Report on vaccination in the Province of Bengal - 1869-1873
Year: 1869
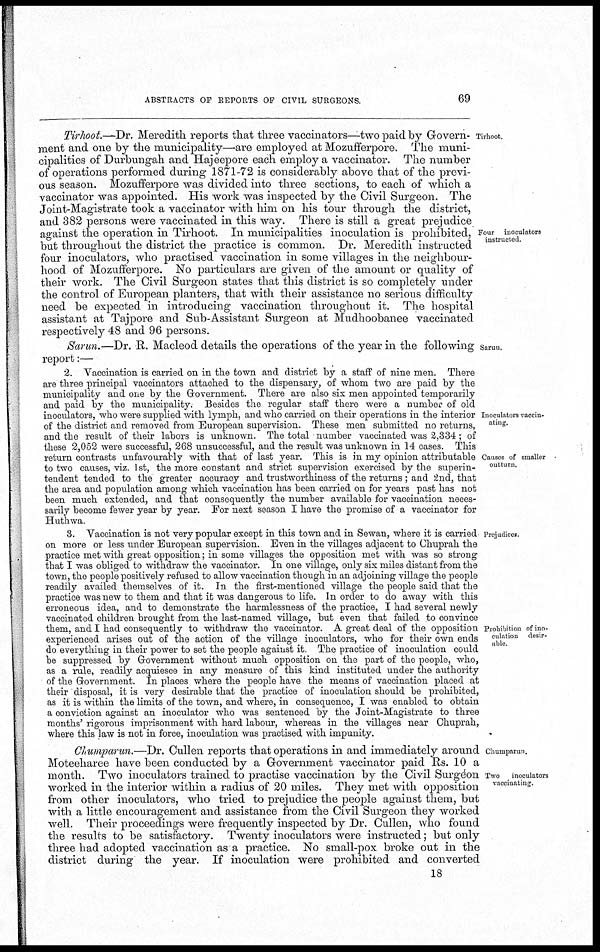
ABSTRACTS OF REPORTS OF CIVIL SURGEONS.
69
Tirhoot.
Four inoculators
instructed.
Tirhoot.—Dr. Meredith reports that three vaccinators—two paid by Govern-
ment and one by the municipality—are employed at Mozufferpore. The muni-
cipalities of Durbungah and Hajeepore each employ a vaccinator. The number
of operations performed during 1871-72 is considerably above that of the previ-
ous season. Mozufferpore was divided into three sections, to each of which a
vaccinator was appointed. His work was inspected by the Civil Surgeon. The
Joint-Magistrate took a vaccinator with him on his tour through the district,
and 382 persons were vaccinated in this way. There is still a great prejudice
against the operation in Tirhoot. In municipalities inoculation is prohibited,
but throughout the district the practice is common. Dr. Meredith instructed
four inoculators, who practised vaccination in some villages in the neighbour-
hood of Mozufferpore. No particulars are given of the amount or quality of
their work. The Civil Surgeon states that this district is so completely under
the control of European planters, that with their assistance no serious difficulty
need be expected in introducing vaccination throughout it. The hospital
assistant at Tajpore and Sub-Assistant Surgeon at Mudhoobanee vaccinated
respectively 48 and 96 persons.
Sarun.
Sarun.—Dr. R,. Macleod details the operations of the year in the following
report:—
Inoculators vaccin-
ating.
Causes of smaller
outturn.
2. Vaccination is carried on in the town and district by a staff of nine men. There
are three principal vaccinators attached to the dispensary, of whom two are paid by the
municipality and one by the Government. There are also six men appointed temporarily
and paid by the municipality. Besides the regular staff there were a number of old
inoculators, who were supplied with lymph, and who carried on their operations in the interior
of the district and removed from European supervision. These men submitted no returns,
and the result of their labors is unknown. The total number vaccinated was 2,334 ; of
these 2,052 were successful, 268 unsuccessful, and the result was unknown in 14 cases. This
return contrasts unfavourably with that of last year. This is in my opinion attributable
to two causes, viz. 1st, the more constant and strict supervision exercised by the superin-
tendent tended to the greater accuracy and trustworthiness of the returns ; and 2nd, that
the area and population among which vaccination has been carried on for years past has not
been much extended, and that consequently the number available for vaccination neces-
sarily become fewer year by year. For next season I have the promise of a vaccinator for
Huthwa.
Prejudices.
Prohibition of ino-
culation desir-
able
3. Vaccination is not very popular except in this town and in Sewan, where it is carried
on more or less under European supervision. Even in the villages adjacent to Chuprah the
practice met with great opposition; in some villages the opposition met with was so strong
that I was obliged to withdraw the vaccinator. In one village, only six miles distant from the
town, the people positively refused to allow vaccination though in an adjoining village the people
readily availed themselves of it. In the first-mentioned village the people said that the
practice was new to them and that it was dangerous to life. In order to do away with this
erroneous idea, and to demonstrate the harmlessness of the practice, I had several newly
vaccinated children brought from the last-named village, but even that failed to convince
them, and I had consequently to withdraw the vaccinator. A great deal of the opposition
experienced arises out of the action of the village inoculators, who for their own ends
do everything in their power to set the people against it. The practice of inoculation could
be suppressed by Government without much opposition on the part of the people, who,
as a rule, readily acquiesce in any measure of this kind instituted under the authority
of the Government. In places where the people have the means of vaccination placed at
their disposal, it is very desirable that the practice of inoculation should be prohibited,
as it is within the limits of the town, and where, in consequence, I was enabled to obtain
a conviction against an inoculator who was sentenced by the Joint-Magistrate to three
months' rigorous imprisonment with hard labour, whereas in the villages near Chuprah,
where this law is not in force, inoculation was practised with impunity.
Chumparun.
Two inoculators
vaccinating.
Chumparun.—Dr. Cullen reports that operations in and immediately around
Moteeharee have been conducted by a Government vaccinator paid Rs. 10 a
month. Two inoculators trained to practise vaccination by the Civil Surgeon
worked in the interior within a radius of 20 miles. They met with opposition
from other inoculators, who tried to prejudice the people against them, but
with a little encouragement and assistance from the Civil Surgeon they worked
well. Their proceedings were frequently inspected by Dr. Cullen, who found
the results to be satisfactory. Twenty inoculators were instructed; but only
three had adopted vaccination as a practice. No small-pox broke out in the
district during the year. If inoculation were prohibited and converted
18